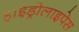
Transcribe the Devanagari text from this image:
हाइड्रोलाइपेस